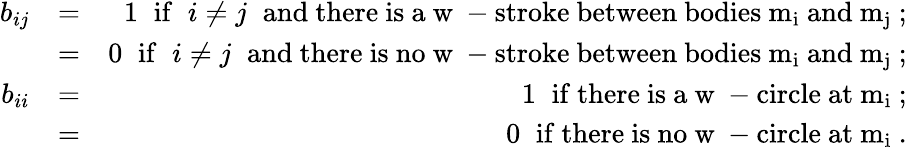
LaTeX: \begin{array}{rlr}{b_{ij}}&{=}&{1\; \; \mathrm{if}\; \; i\neq j\; \; \mathrm{and~there~is~a~w~-stroke~between~bodies~m_i~and~m_j~};}\\ &{=}&{0\; \; \mathrm{if}\; \; i\neq j\; \; \mathrm{and~there~is~no~w~-stroke~between~bodies~m_i~and~m_j~};}\\ {b_{ii}}&{=}&{1\; \; \mathrm{if~there~is~a~w~-circle~at~m_i~};}\\ &{=}&{0\; \; \mathrm{if~there~is~no~w~-circle~at~m_i~}.}\end{array}